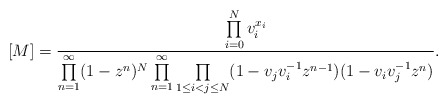
\begin{align*}[M] &= \frac{\prod\limits_{i=0}^N v_i^{x_i}}{ \prod\limits_{n=1}^\infty (1- z^n)^{N} \prod\limits_{n=1}^\infty \prod\limits_{1 \leq i < j \leq N} (1-v_j v_i^{-1} z^{n-1}) (1- v_i v_j^{-1} z^n)}. \end{align*}